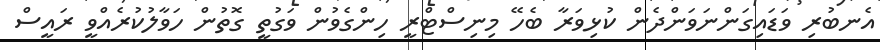
އެނބުރި ވަޑައިގަންނަވަންދެން ކުޅިވަރާ ބެހޭ މިނިސްޓްރީ ހިންގެެވުން ވަގުތީ ގޮތުން ހަވާލުކުރެއްވީ ރައީސް